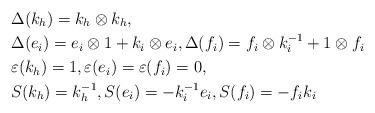
LaTeX: \begin{align*}&\Delta(k_h)=k_h\otimes k_h,\\&\Delta(e_i)=e_i\otimes1+k_i\otimes e_i,\Delta(f_i)=f_i\otimes k_i^{-1}+1\otimes f_i\\&\varepsilon(k_h)=1,\varepsilon(e_i)=\varepsilon(f_i)=0,\\&S(k_h)=k_h^{-1},S(e_i)=-k_i^{-1}e_i,S(f_i)=-f_ik_i\end{align*}